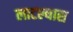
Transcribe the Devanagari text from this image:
लाटल्यास